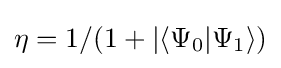
{\textstyle \eta =1/(1+|\langle \Psi _{0}|\Psi _{1}\rangle )}